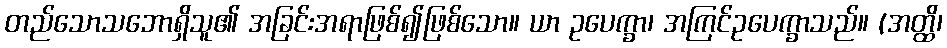
တည်သောသဘောရှိသူ၏ အခြင်းအရာဖြစ်၍ဖြစ်သော။ ယာ ဥပေက္ခာ၊ အကြင်ဥပေက္ခာသည်။ (အတ္ထိ၊